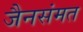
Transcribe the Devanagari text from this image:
जैनसंमत